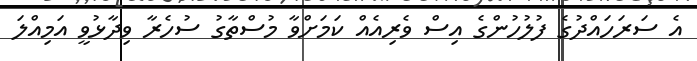
އެ ސަރަހައްދުގެ ފުލުހުންގެ އިސް ވެރިއެއް ކަމަށްވާ މުސްތާގު ސުހެރާ ވިދާޅުވީ އަމިއްލަ